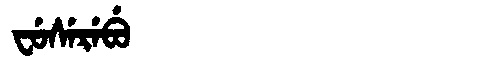
Manchu: ᠸᡠᠰᡝᡵᡝᠪᡠ
Romanization: FUSEREBU